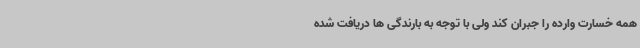
همه خسارت وارده را جبران کند ولی با توجه به بارندگی ها دریافت شده